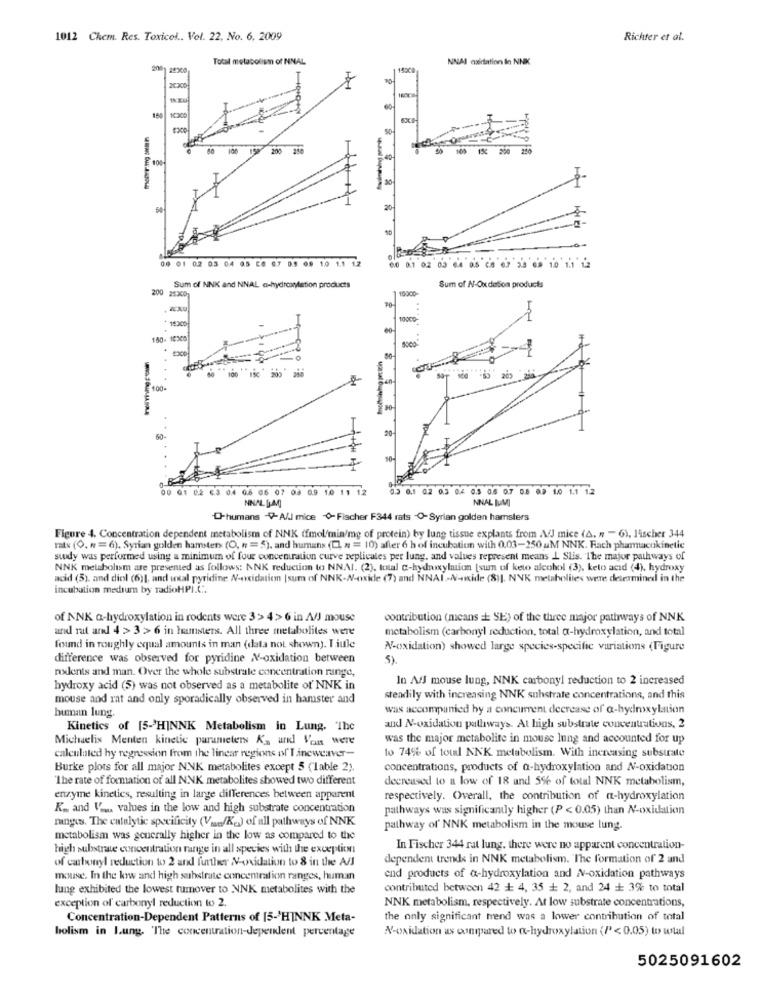
1012 Chem. Res. Toxicol .. Vol. 22, No. 6, 2009
Richter et al.
Total metabolism of NINAL
NNAI oxidation in NNK
$ 3
15
100
F 100
30
----
20
00 01 02 03 04 05 26 0.7 05 09 1.0 1.1 12
0 0.1 02 0.3 64 0.5 6.6 6.7 2.8 69 1.0 1.1 1.2
Sum of NNK and NNAL a-hydrosnation products
15000-
Sum of N-Oxdesion products
200 253001
19300
180- 10x00
mg pecich
100-
00 01 02 63 04 08 06 07 08 0.9 10 11 12
0.3 0.1 02 0.3 0/ 0.5 0.6 0.7 0. 0. 1.0 1.1 12
NHAL SAO
NNAL LUMI
-humans -A/J mice Fischer F344 rats O-Syrian golden hamsters
Figure 4. Concentration dependent metabolism of NNK (fmol'min/mg of protein) by lung tissue explants from AUJ mice (A. " - 6), lischer 344
rats (O. N=6). Syrian golden hamsters (O, n = 5), and humans (CL n = 10) after 6 h of incubation with 0.03-250 uM NNK. Rach pharmacokinetic
study was performed using a minimum of four concentration curve replicales per lung, and values represent means L Slis. The major pathways of
NNK metabolism are presented as follows: NNK reduction to NNAI. (2), total -hydroxylation [sum of keto alcohol (3), keto acid (4), hydroxy
acid (5), and diol (6)|, and wal pyridine N-oxidation |sum of NNK-N-oxide (7) and NNAI-N-ide (8)]. NNK metabolites were determined in the
incubation medium by radioHPI.C ..
of NNK a-hydroxylation in rodents were 3> 4>6 in A/J mouse
contribution (means == SE) of the three major pathways of NNK
and rat and 4 > 3 >6 in funsters. All three metabolites were
metabolism (carbonyl reduction, total a-hydroxylation, and total
found in roughly equal amounts in man (data not shown). Iiule
N-oxidation) showed large species-specific variations (Figure
difference was observed for pyridine NV-oxidation between
5)
nxdents and man. Over the whole substrate concentration range,
In A/J mouse lung, NNK carbonyl reduction to 2 increased
hydroxy acid (5) was not observed as a metabolite of' NNK in
mouse and rat and only sporadically observed in hamster and
steadily with increasing NNK suhstrate concentrations, and this
was accompanied by a concurrent decrease of a-hydroxylation
human lung
Kinetics of [5->HINNK Metabolism in Lung. The
and N-oxidation pallways. At high substrate concentrations, 2
Michaelis Menten kinetic parameters K- und Von were
was the major metabolite in mouse lung and accounted for up
calculated hy regression from the linear regions of'I.inewerver-
to 74% of total NNK metabolism. With increasing substrate
Burke plots for all major NNK metabolites except 5 (lable 2).
concentrations, products of a-hydroxylation and N-oxidation
The rate of formation of all NNK metabolites showed two different
decreased to a low of 18 and 5% of total NNK metabolism,
enzyme kinetics, resulting in large differences between apparent
respectively. Overall, the contribution of a-hydroxylation
K .. and Van. values in the low and high substrate concentration
pathways was significantly higher (P < 0.05) than N-oxidation
ringoss. The catalytic specificity (V .... /Kg) of all pathways of NNK
pathway of' NNK metabolism in the mouse lung.
metabolism was generally higher in the low as compared to the
high substrate concentration range in all species with the exception
In Fischer 344 rat lung, there were no apparent concentration-
of carbonyl reduction to 2 and further NV-oxidation to 8 in the A/J
dependent trends in NNK metabolism. The formation of 2 and
mouse. In the kiw and high substrate concentration ranges, human
end products of a-hydroxylation and N-oxidation pathways
lung exhibited the lowest tumover to NNK metabolites with the
contributed between 42 + 4, 35 + 2, and 24 + 3% to total
exception of carbonyl reduction to 2.
NNK metabolism, respectively. At low substrate concentrations,
Concentration-Dependent Patterns of [5-'HINNK Meta-
the only significant tend was a lower contribution of total
bolism in Lung. The concentration-deperlent percentage
N-oxidation as compared to a-hydroxylation (/2 < 0.05) to wtal
5025091602